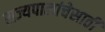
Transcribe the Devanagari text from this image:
राज्यपालांचेसाठी